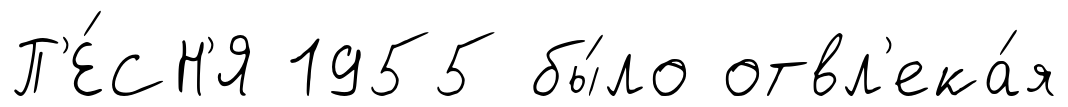
П'Е́СН'Я 1955 бы́ло отвл'ека́я